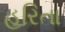
હરિતા